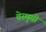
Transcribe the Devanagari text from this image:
वेस्पुसी